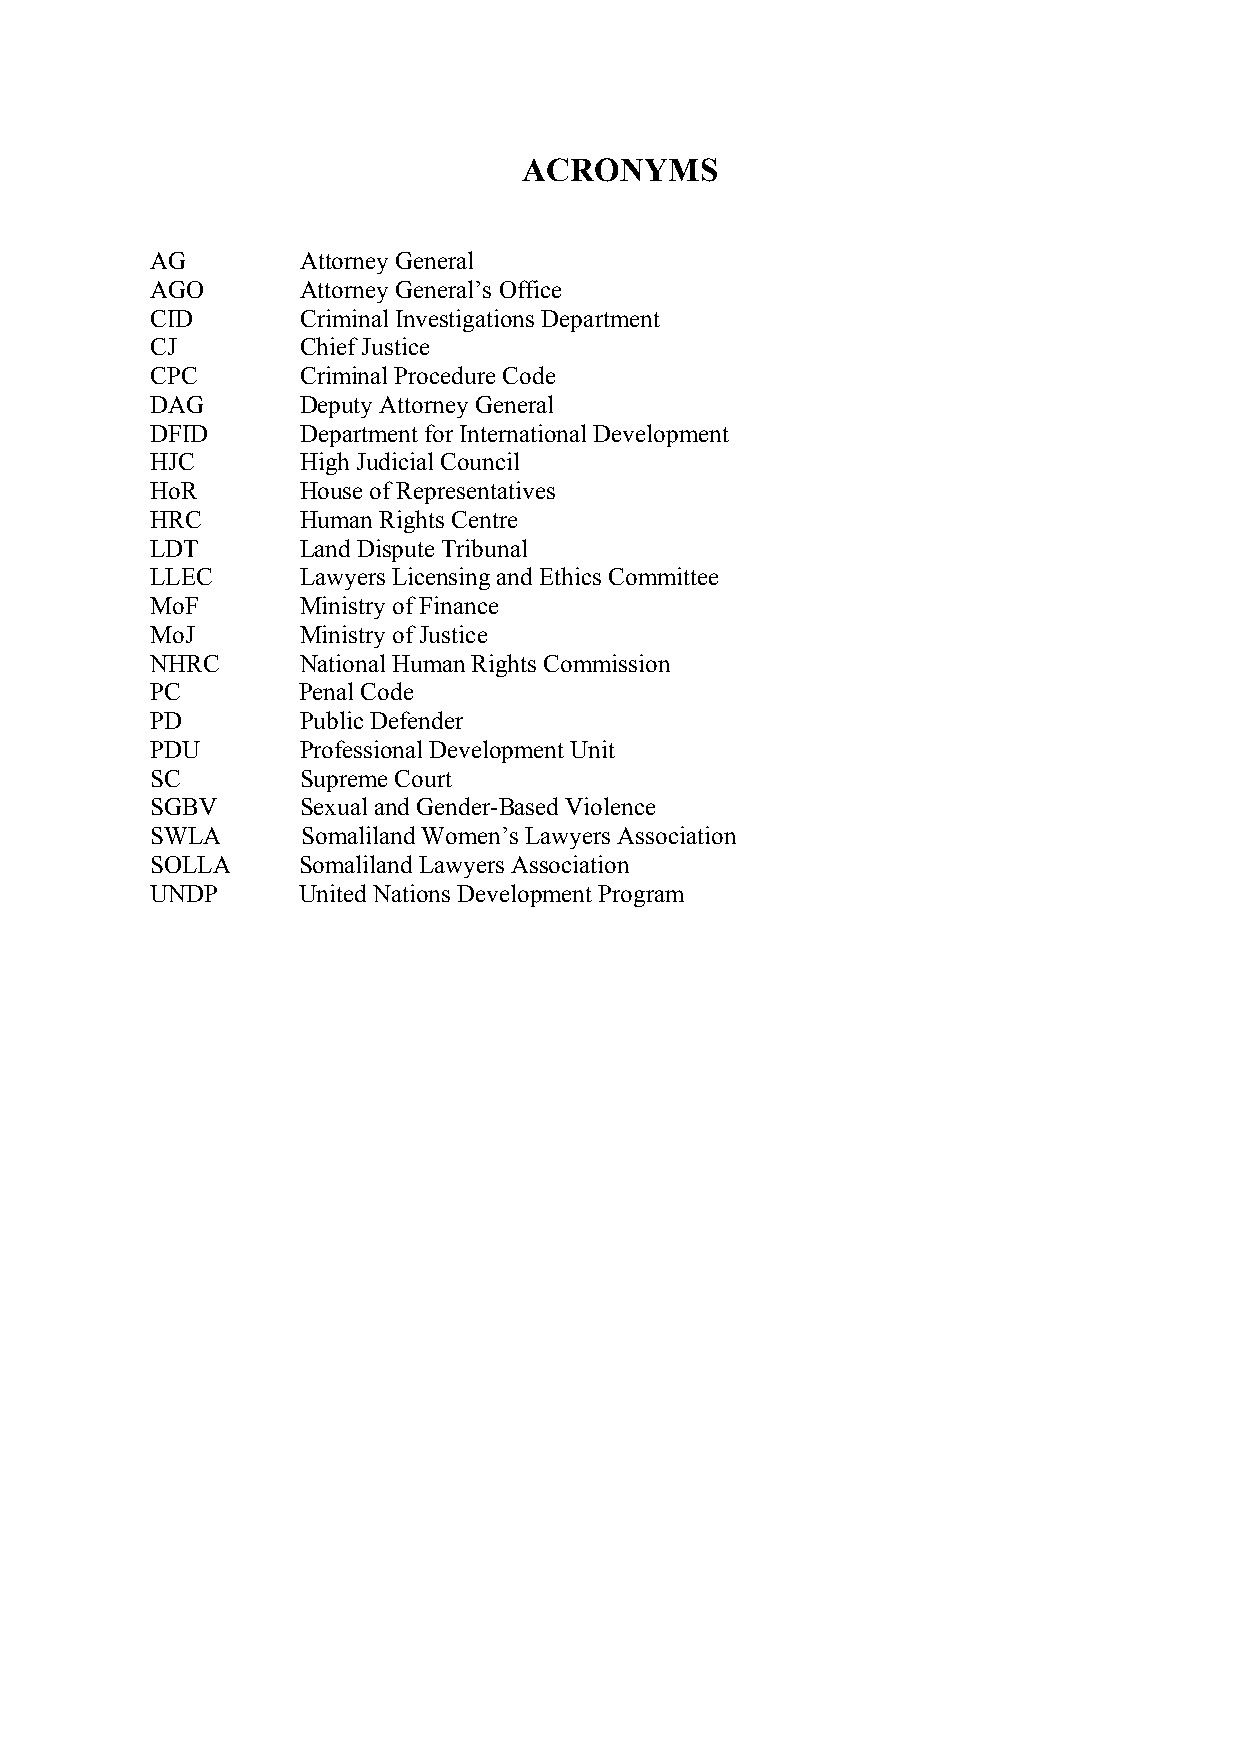
ACRONYMS
 AG        Attorney General
 AGO       Attorney General’s Office
 CID       Criminal Investigations Department
 CJ        Chief Justice
 CPC       Criminal Procedure Code
 DAG       Deputy Attorney General
 DFID      Department for International Development
 HJC       High Judicial Council
 HoR       House of Representatives
 HRC       Human Rights Centre
 LDT       Land Dispute Tribunal
 LLEC      Lawyers Licensing and Ethics Committee
 MoF       Ministry of Finance
 MoJ       Ministry of Justice
 NHRC      National Human Rights Commission
 PC        Penal Code
 PD        Public Defender
 PDU       Professional Development Unit
 SC        Supreme Court
 SGBV      Sexual and Gender-Based Violence
 SWLA      Somaliland Women’s Lawyers Association
 SOLLA     Somaliland Lawyers Association
 UNDP      United Nations Development Program